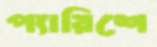
প্যারিশে